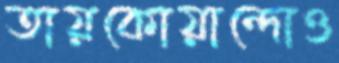
তায়কোয়ান্দোও